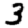
Digit: 3